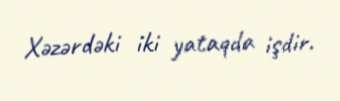
Xəzərdəki iki yataqda işdir.